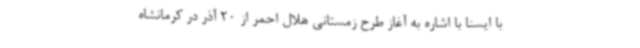
با ایسنا با اشاره به آغاز طرح زمستانی هلال احمر از 20 آذر در کرمانشاه